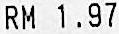
RM 1.97